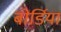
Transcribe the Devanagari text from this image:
बोर्डिया